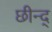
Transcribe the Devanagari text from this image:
छीन्द्